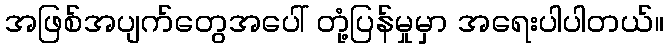
အဖြစ်အပျက်တွေအပေါ် တုံ့ပြန်မှုမှာ အရေးပါပါတယ်။